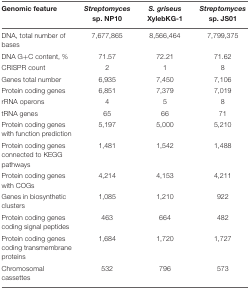
<table><thead><tr><td><b>Genomic feature</b></td><td><b><i>Streptomyces</i> sp. NP10</b></td><td><b><i>S. griseus</i> XylebKG-1</b></td><td><b><i>Streptomyces</i> sp. JS01</b></td></tr></thead><tbody><tr><td>DNA, total number of bases</td><td>7,677,865</td><td>8,566,464</td><td>7,799,375</td></tr><tr><td>DNA G+C content, %</td><td>71.57</td><td>72.21</td><td>71.62</td></tr><tr><td>CRISPR count</td><td>2</td><td>1</td><td>8</td></tr><tr><td>Genes total number</td><td>6,935</td><td>7,450</td><td>7,106</td></tr><tr><td>Protein coding genes</td><td>6,851</td><td>7,379</td><td>7,019</td></tr><tr><td>rRNA operons</td><td>4</td><td>5</td><td>8</td></tr><tr><td>tRNA genes</td><td>65</td><td>66</td><td>71</td></tr><tr><td>Protein coding genes with function prediction</td><td>5,197</td><td>5,000</td><td>5,210</td></tr><tr><td>Protein coding genes connected to KEGG pathways</td><td>1,481</td><td>1,542</td><td>1,488</td></tr><tr><td>Protein coding genes with COGs</td><td>4,214</td><td>4,153</td><td>4,211</td></tr><tr><td>Genes in biosynthetic clusters</td><td>1,085</td><td>1,210</td><td>922</td></tr><tr><td>Protein coding genes coding signal peptides</td><td>463</td><td>664</td><td>482</td></tr><tr><td>Protein coding genes coding transmembrane proteins</td><td>1,684</td><td>1,720</td><td>1,727</td></tr><tr><td>Chromosomal cassettes</td><td>532</td><td>796</td><td>573</td></tr></tbody></table>